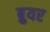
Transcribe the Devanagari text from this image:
ब्रुयर